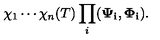
\chi _ { 1 } \cdots \chi _ { n } ( T ) \prod _ { i } ( { \bf \Psi _ { i } } , { \bf \Phi _ { i } } ) .